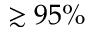
\gtrsim 9 5 \%